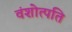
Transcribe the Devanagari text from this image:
वंशोत्पति